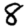
Digit: 8